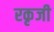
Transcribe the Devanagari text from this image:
रकृजी